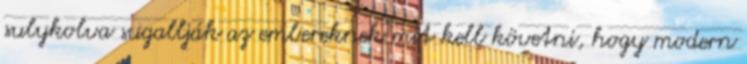
sulykolva sugallják az embereknek mit kell követni, hogy modern